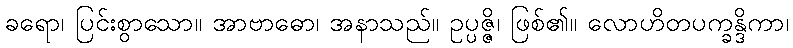
ခရော၊ ပြင်းစွာသော။ အာဗာဓော၊ အနာသည်။ ဥပ္ပဇ္ဇိ၊ ဖြစ်၏။ လောဟိတပက္ခန္ဒိကာ၊